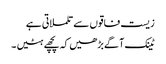
زیست فاقوں سے تلملاتی ہے
ٹینک آگے بڑھیں کہ پچھے ہٹیں ۔